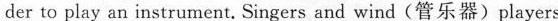
der to play an instrument. Singers and wind(管乐器)players